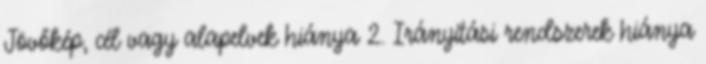
Jövőkép, cél vagy alapelvek hiánya 2. Irányítási rendszerek hiánya